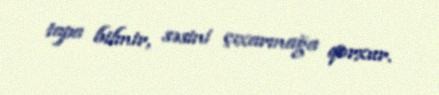
tapa bilmir, səsini çıxarmağa qorxur.